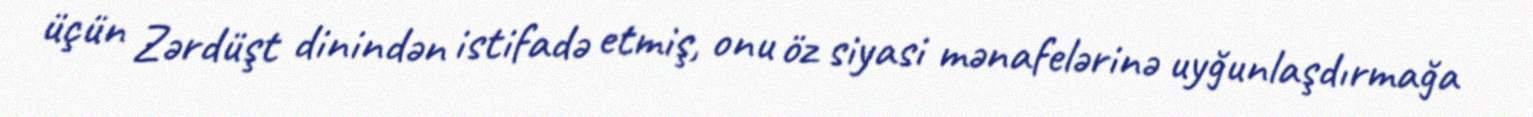
üçün Zərdüşt dinindən istifadə etmiş, onu öz siyasi mənafelərinə uyğunlaşdırmağa